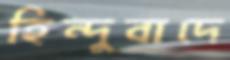
হিন্দুবাদে